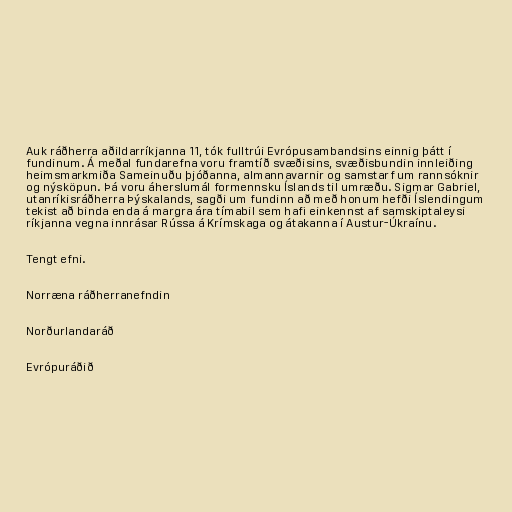
Auk ráðherra aðildarríkjanna 11, tók fulltrúi Evrópusambandsins einnig þátt í
fundinum. Á meðal fundarefna voru framtíð svæðisins, svæðisbundin innleiðing
heimsmarkmiða Sameinuðu þjóðanna, almannavarnir og samstarf um rannsóknir
og nýsköpun. Þá voru áherslumál formennsku Íslands til umræðu. Sigmar Gabriel,
utanríkisráðherra Þýskalands, sagði um fundinn að með honum hefði Íslendingum
tekist að binda enda á margra ára tímabil sem hafi einkennst af samskiptaleysi
ríkjanna vegna innrásar Rússa á Krímskaga og átakanna í Austur-Úkraínu.

Tengt efni.

Norræna ráðherranefndin

Norðurlandaráð

Evrópuráðið